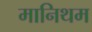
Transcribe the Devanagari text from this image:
मानिथम